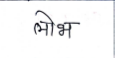
मजकूर: लोभ